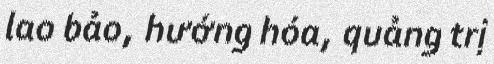
lao bảo, hướng hóa, quảng trị